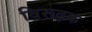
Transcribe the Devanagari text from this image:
विरूढ़क